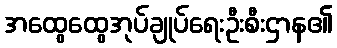
အထွေထွေအုပ်ချုပ်ရေးဦးစီးဌာန၏